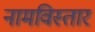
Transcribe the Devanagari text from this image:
नामविस्‍तार